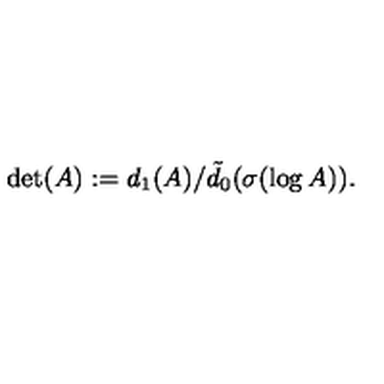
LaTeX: \det ( A ) : = d _ { 1 } ( A ) / \tilde { d } _ { 0 } ( \sigma ( \log A ) ) .